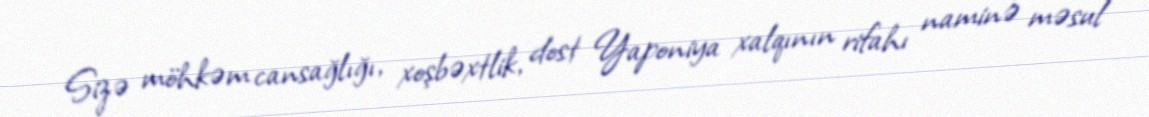
Sizə möhkəm cansağlığı, xoşbəxtlik, dost Yaponiya xalqının rifahı naminə məsul